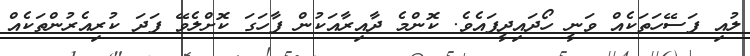
ލުއި ފަސޭހަތަކެއް ވަނީ ހޯދައިދީފައެވެ. ކޮންމެ ދާއިރާއަކުން ފާހަގަ ކޮށްލެވޭ ފަދަ ކުރިއެރުންތަކެއް